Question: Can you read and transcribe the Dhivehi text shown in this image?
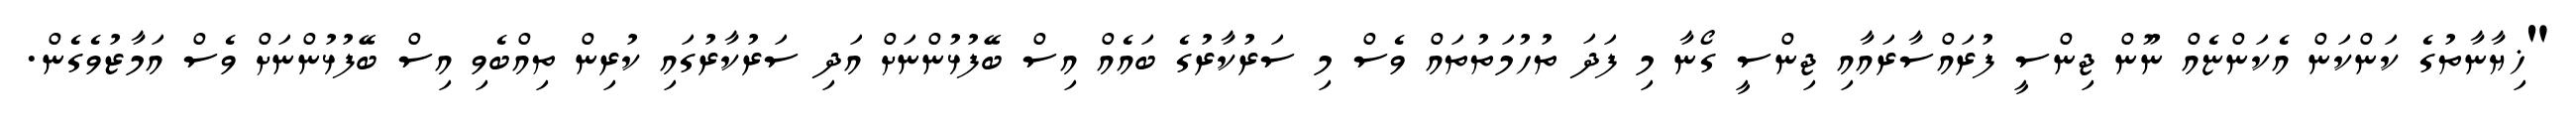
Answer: "ޚިޔާނާތުގެ ކަންކަން އެކަންޏެއް ނޫން ޖިންސީ ފުރައްސާރައާއި ޖިންސީ ގޯނާ މި ފަދަ ތުހުމަތުތައް ވެސް މި ސަރުކާރުގެ ބައެއް އިސް ބޭފުޅުންނަށް އަދި ސަރުކާރުގައި ކުރިން ތިއްބެވި އިސް ބޭފުޅުންނަށް ވެސް އަމާޒުވެގެން.